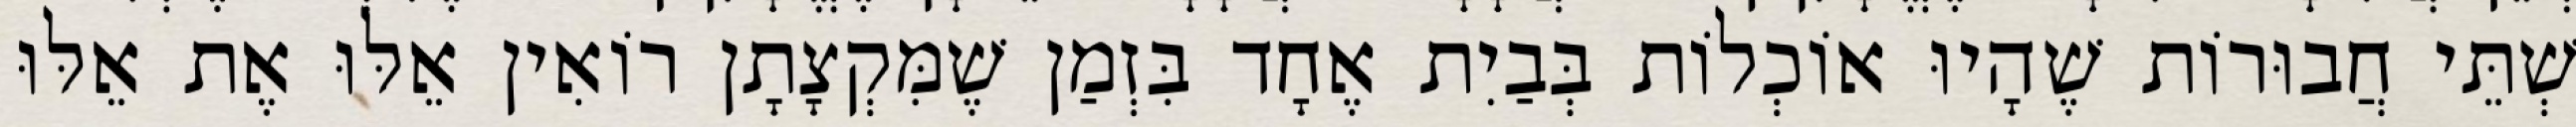
שְׁתֵּי חֲבוּרוֹת שֶׁהָיוּ אוֹכְלוֹת בְּבַיִת אֶחָד בִּזְמַן שֶׁמִּקְצָתָן רוֹאִין אֵלּוּ אֶת אֵלּוּ